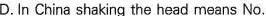
D. In China shaking the head means No.